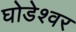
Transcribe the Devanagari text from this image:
घोडेश्वर